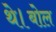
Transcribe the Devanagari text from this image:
थे।बोल